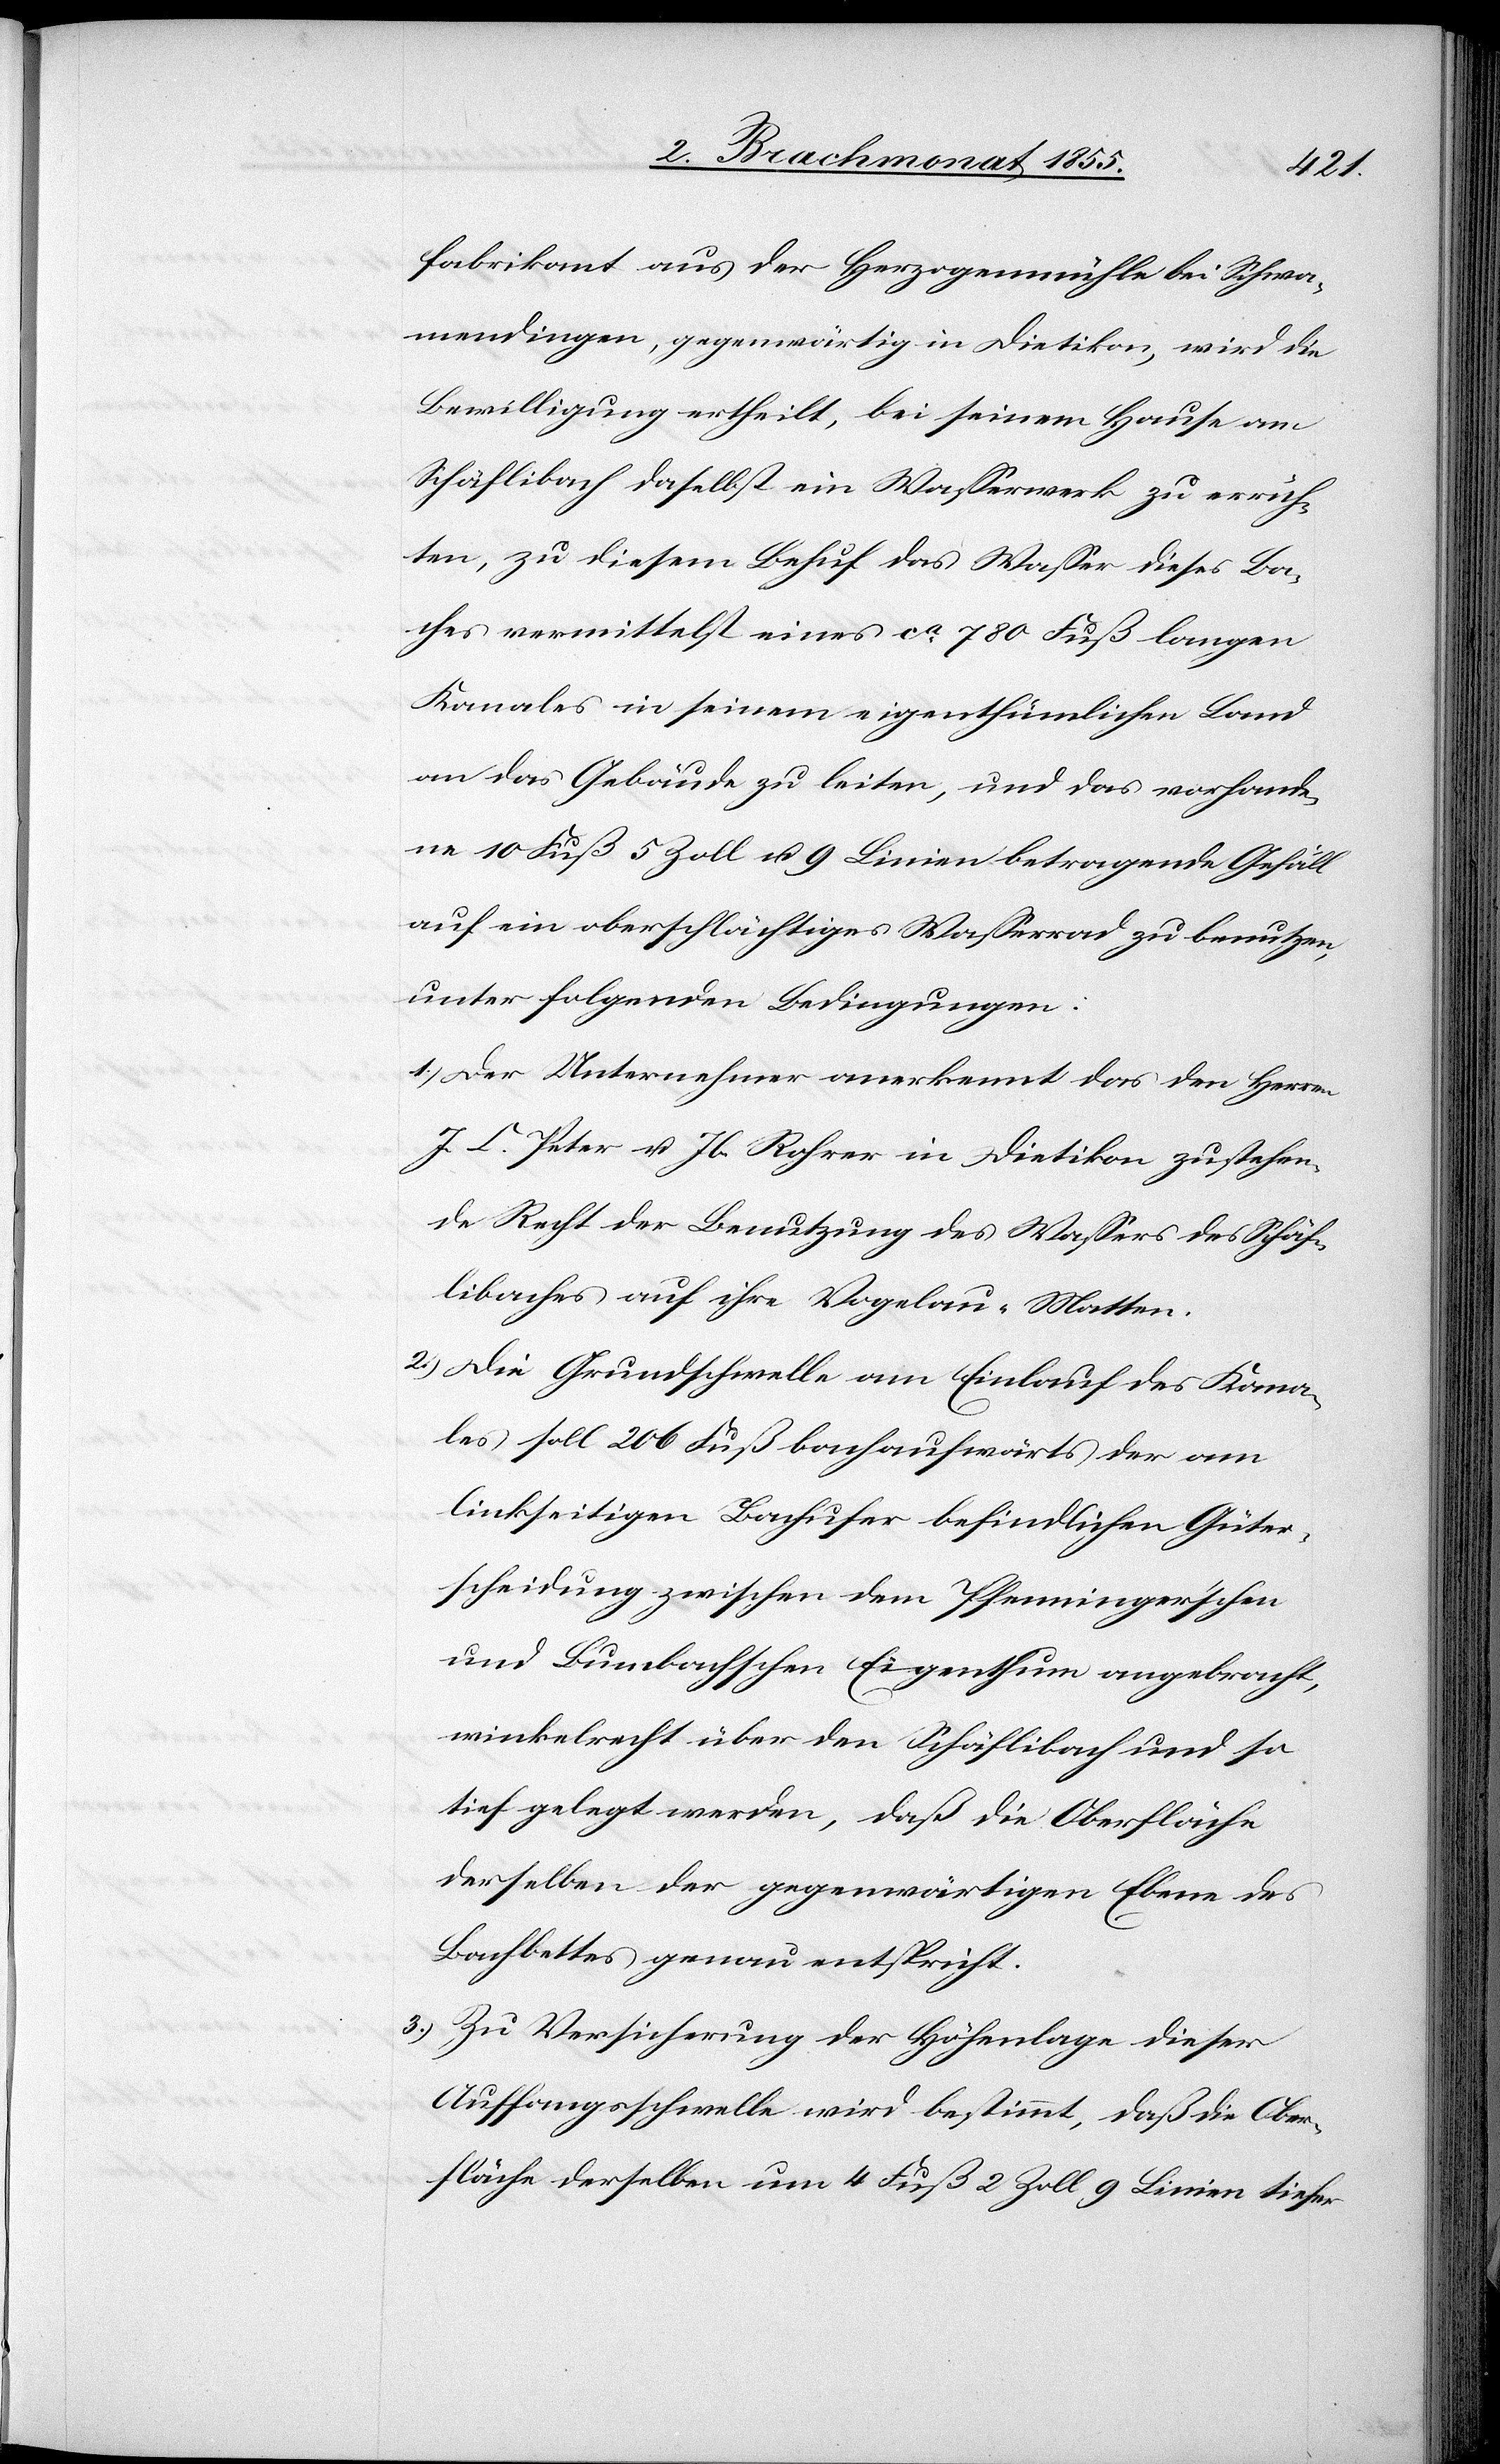
fabrikant aus der Herzogenmühle bei Schwa¬
mendingen, gegenwärtig in Dietikon, wird die
Bewilligung ertheilt, bei seinem Hause am
Schäflibach daselbst ein Wasserwerk zu errich¬
ten, zu diesem Behuf das Wasser dieses Ba¬
ches vermittelst eines ca. 780 Fuß langen
Kanales in seinem eigenthümlichen Land
an das Gebäude zu leiten, und das vorhande¬
ne 10 Fuß 5 Zoll u. 9 Linien betragende Gefäll
auf ein oberschlächtiges Wasserrad zu benutzen,
unter folgenden Bedingungen:
Der Unternehmer anerkennt das den Herren
J. C. Peter u. Jb. Rohrer in Dietikon zustehen¬
de Recht der Benutzung des Wassers des Schäf¬
libaches auf ihre Vogelau-Matten.
Die Grundschwelle am Einlauf des Kana¬
les soll 206 Fuß bachaufwärts der am
linkseitigen Bachufer befindlichen Güter¬
scheidung zwischen dem Pfenninger’schen
und Bumbachschen Eigenthum angebracht,
winkelrecht über den Schäflibach und so
tief gelegt werden, daß die Oberfläche
derselben der gegenwärtigen Ebene des
Bachbettes genau entspricht.
Zu Versicherung der Höhenlage dieser
Auffangsschwelle wird bestimmt, daß die Ober¬
fläche derselben um 4 Fuß 2 Zoll 9 Linien tiefer